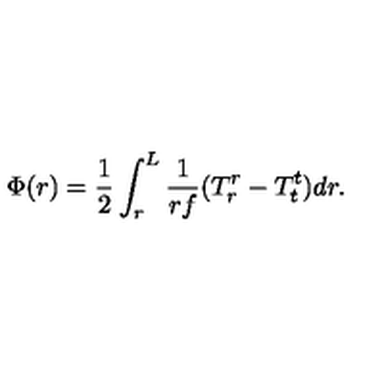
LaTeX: \Phi ( r ) = { \frac { 1 } { 2 } } \int _ { r } ^ { L } { \frac { 1 } { r f } } ( T _ { r } ^ { r } - T _ { t } ^ { t } ) d r .